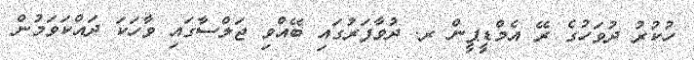
ހުކުރު ދުވަހުގެ ރޭ އެމްޑީޕީން ރ. ދުވާފަރުގައި ބޭއްވި ޖަލްސާގައި ވާހަކަ ދައްކަވަމުން